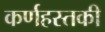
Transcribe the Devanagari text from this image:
कर्णहस्तकी